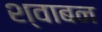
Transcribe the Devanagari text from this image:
श्वाबन